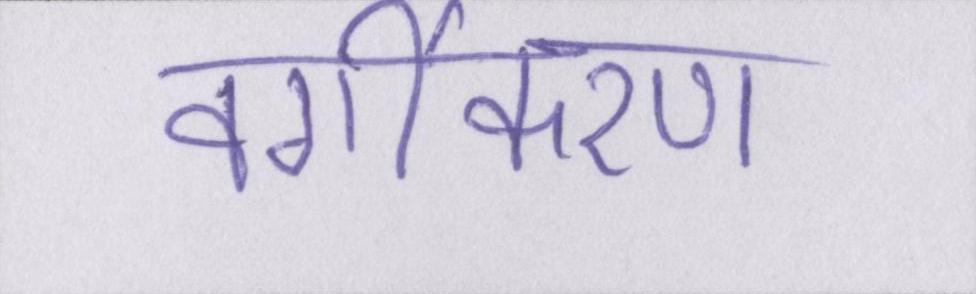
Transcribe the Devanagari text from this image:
वर्गीकरण